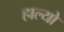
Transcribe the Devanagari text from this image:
हाल्‍यो